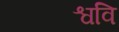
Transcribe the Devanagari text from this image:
श्ववि